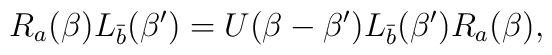
R_a ( \beta) L_{\bar b} (\beta^{\prime}) = U (\beta - \beta^{\prime})L_{\bar b} ( \beta^{\prime}) R_a (\beta),